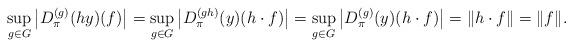
LaTeX: \begin{align*}\sup_{g \in G} \big{|}D_{\pi}^{(g)}(hy)(f)\big{|} = \sup_{g \in G} \big{|}D_{\pi}^{(gh)}(y)(h \cdot f)\big{|}= \sup_{g \in G} \big{|}D_{\pi}^{(g)}(y)(h \cdot f)\big{|} = \| h \cdot f \| = \| f \|.\end{align*}